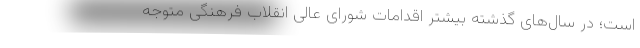
است؛ در سال‌های گذشته بیشتر اقدامات شورای عالی انقلاب فرهنگی متوجه